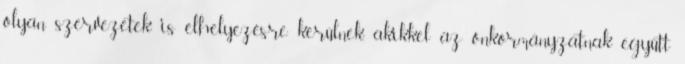
olyan szervezetek is elhelyezésre kerülnek, akikkel az önkormányzatnak együtt